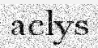
aclys